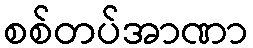
စစ်တပ်အာဏာ